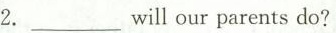
2.___will our parents do?